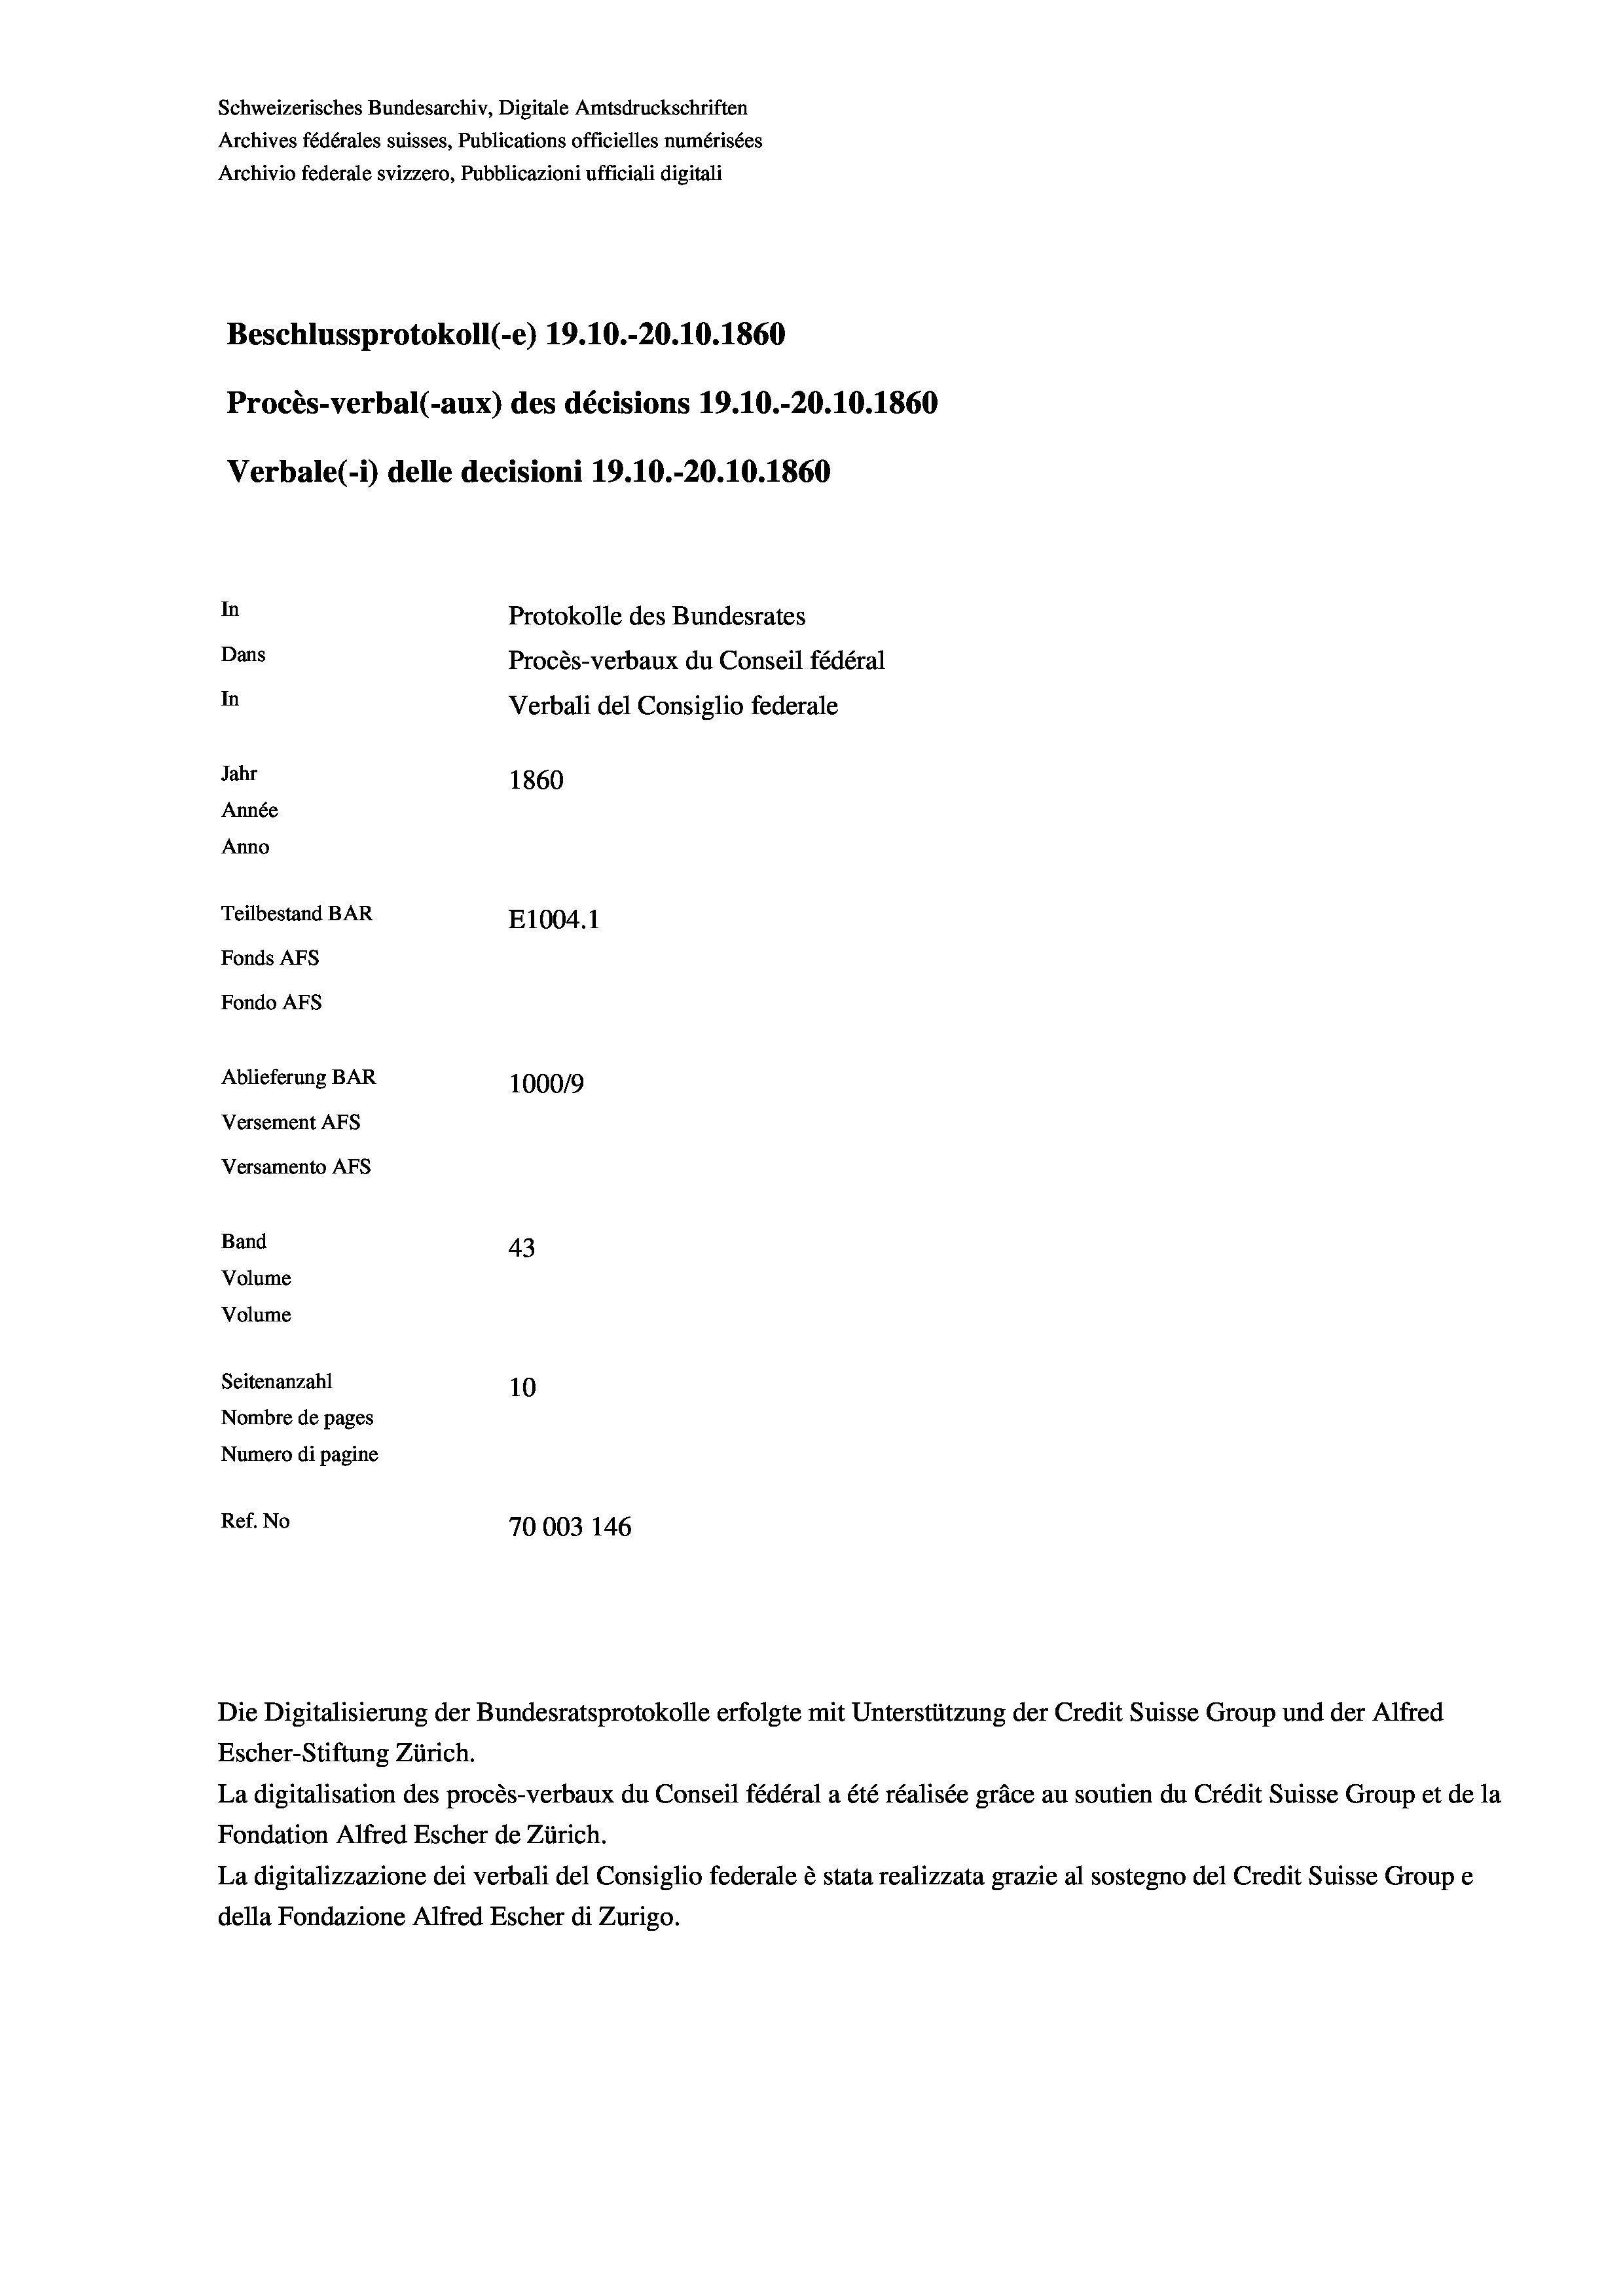
Schweizerisches Bundesarchiv, Digitale Amtsdruckschriften
Archives fédérales suisses, Publications officielles numérisées
Archivio federale svizzero, Pubblicazioni ufficiali digitali
Beschlussprotokoll (-e) 19.10.-20.10.1860
Procès-verbal (-aux) des décisions 19.10.-20.10.1860
Verbale (- 1) delle decisioni 19.10.-20.10.1860
In
Protokolle des Bundesrates
Dans
Procès-verbaux du Conseil fédéral
In
Verbali del Consiglio federale
Jahr
1860
Année
Anno
Teilbestand BAR
E1004.1
Fonds AFs
Fondo Afs
Ablieferung BAR
100019
Versement AFs
Versamento Afs
Band
43
Volume
Volume
Seitenanzahl
10
Nombre de pages
Numero di pagine

Ref. No
70003 146

La digitalisation des procès-verbaux du Conseil fédéral a été réalisée gräce au soutien du Crédit Suisse Group et de la
Fondation Alfred Escher de Zürich.
La digitalizzazione dei verbali del Consiglio federale è stata realizzata grazie al sostegno del Credit Suisse Groupe
della Fondazione Alfred Escher di Zurigo.

Die Digitalisierung der Bundesratsprotokolle erfolgte mit Unterstützung der Credit Suisse Group und der Alfred
Escher-Stiftung Zürich.